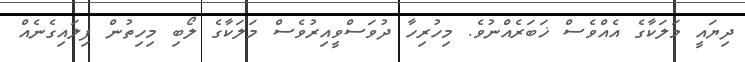
ދިޔައީ މަލަކާގެ އެއްވެސް ޚަބަރެއްނުވެ. މިހުރިހާ ދުވަސްވީއިރުވެސް މަލަކާގެ ލޯބި މިހިތުން ފިލައިގެނެއް